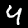
Label: 4